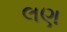
લણ